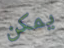
يمكن